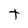
Character: T